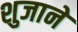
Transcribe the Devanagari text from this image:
शुजाने